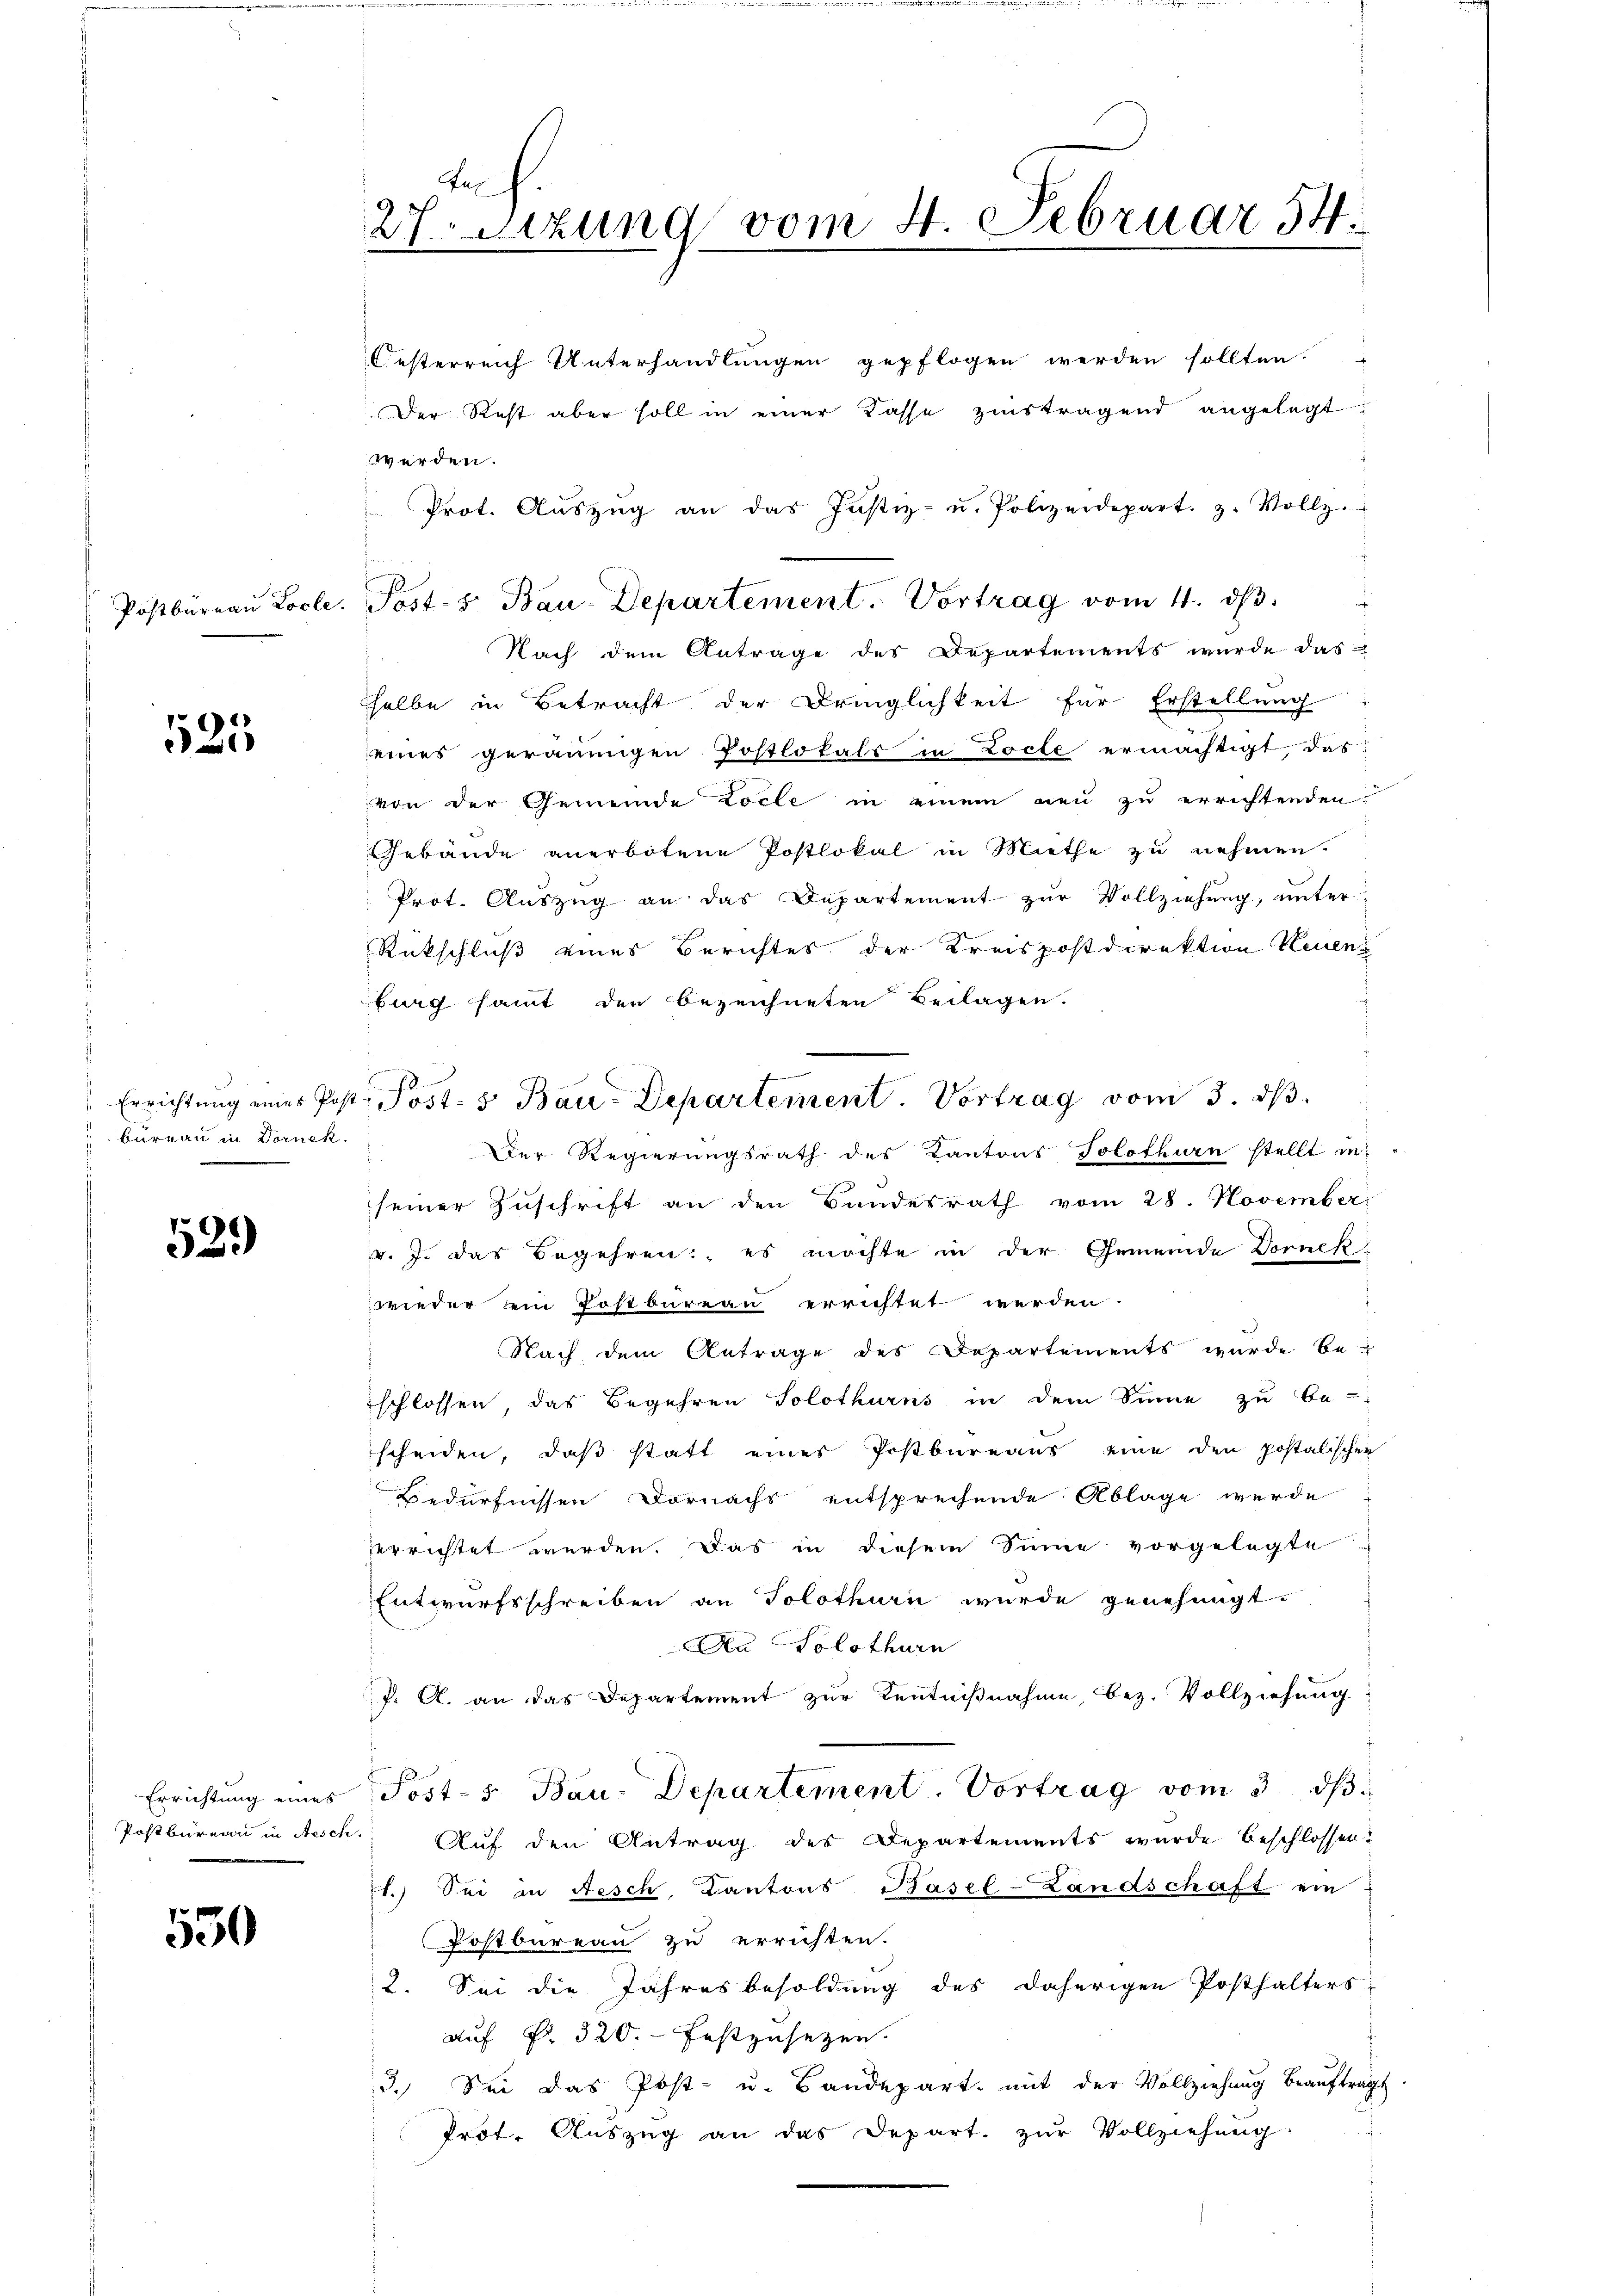
125

Errichtung eines Post
büreau in Dornek

539)

Errichtung eines
 Postbüreau in Aesch

530

In
27sizung vom 4. Februar 54.

Postbüreaŭ Locle. Posts Bau-Departement. Vortrag vom 4. ds.

Oesterreich Unterhandlungen gepflogen werden sollten.
Der Rest aber soll in einer Kasse zinstragend angelegt
werden.
Prot. Aŭszŭg an das Justiz- u. Polizeidepart. z. Vollz
Nach dem Antrage des Departements wurde das
sselbe in Betracht der Dringlichkeit für Erstellung
seines geraumigen Postlokals in Zocte ermächtigt, das
von der Gemeinde Locle in einem neu zu errichtenden
Gebäude anerbotene Postlokal in Miethe zu nehmen.
Prot. Auszug an das Departement zŭr Vollziehung, unter
Rückschluß eines Berichtes der Kreispostdirektion Neuenz
burg samt den bezeichneten Beilagen.
Der Regierungsrath des Kantons Solothurn stellt in
seiner Zŭschrift an den Bundesrath vom 28. November
v. J. das Begehren, es möchte in der Gemeinde Dornek
wieder ein Postbureau errichtet werden.
Nach dem Antrage des Departements wurde be-
schlossen, das Begehren Solothurns in dem Sinne zu be-
scheiden, daß statt eines Postbureaus eine den postalischen
Bedürfnissen Dornachs entsprechende Ablage wurde
errichtet werden. Das in diesem Sinne vorgelegte
Entwurfsschreiben an Solothurn wurde genehmigt.
An Solothurn
J. A. an das Departement zur Kenntnißnahme, bez. Vollziehung
Post-s. Bau-Departement. Vortrag vom 3. ds
Auf den Antrag des Departements wurde beschlossen:
71.) Sei in Aesch, Kantons Basel-Landschaft ein
Postbureau zu errichten.
2. Sei die Jahresbesoldung des daherigen Posthalters
auf §. 320. festzusetzen.
3. Sei das Post- u. Bandepart mit der Vollziehung beaŭftragt
Trot. Auszug an das Depart. zŭr Vollziehŭng

Post- 5. Bau-Departement. Vortrag vom 3. ds.